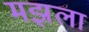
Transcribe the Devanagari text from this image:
मझला